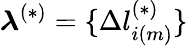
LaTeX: \boldsymbol{\lambda}^{(*)}=\{ \Delta l_{i(m)}^{(*)}\}